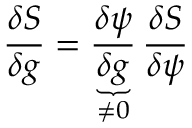
\frac { \delta S } { \delta g } = \underbrace { \frac { \delta \psi } { \delta g } } _ { \neq 0 } \frac { \delta S } { \delta \psi }